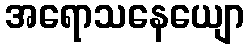
အရောသနေယျော